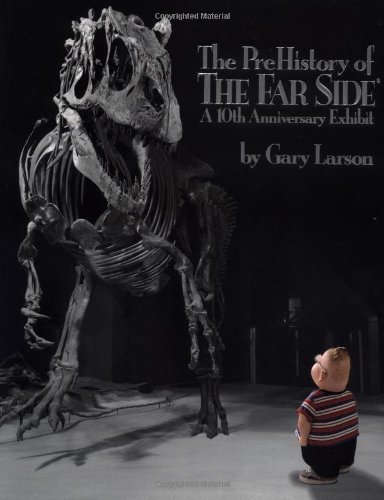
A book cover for The PreHistory of The Far Side:: A 10th Anniversary Exhibit; Gary Larson; History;